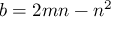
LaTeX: b = 2 m n - n ^ { 2 }